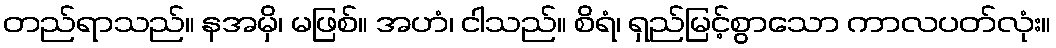
တည်ရာသည်။ နအမှိ၊ မဖြစ်။ အဟံ၊ ငါသည်။ စိရံ၊ ရှည်မြင့်စွာသော ကာလပတ်လုံး။